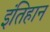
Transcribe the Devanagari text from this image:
इंतिहान